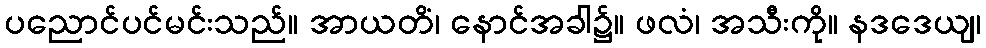
ပညောင်ပင်မင်းသည်။ အာယတိံ၊ နောင်အခါ၌။ ဖလံ၊ အသီးကို။ နဒဒေယျ၊